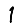
Digit: 1